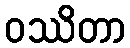
ဝဿိတာ